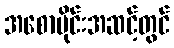
အစောပိုင်းအဆင့်တွင်